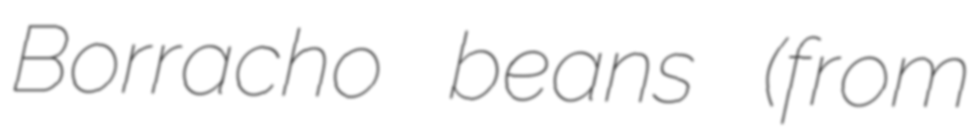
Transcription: Borracho beans (from